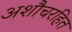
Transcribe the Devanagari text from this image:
अशौचरहित